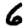
Digit: 6